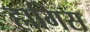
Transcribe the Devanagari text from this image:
हागिस